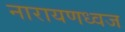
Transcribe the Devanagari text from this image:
नारायणध्वज